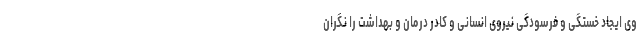
وی ایجاد خستگی و فرسودگی نیروی انسانی و کادر درمان و بهداشت را نگران